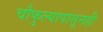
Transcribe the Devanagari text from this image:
चौफुल्यापासूनही